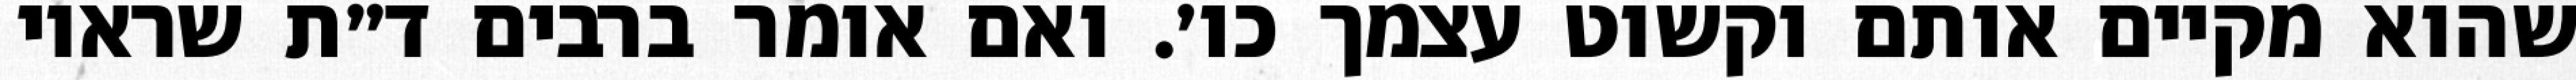
שהוא מקיים אותם וקשוט עצמך כו׳. ואם אומר ברבים ד״ת שראוי